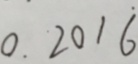
0 . 2 0 1 \dot { 6 }